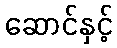
ဆောင်နှင့်